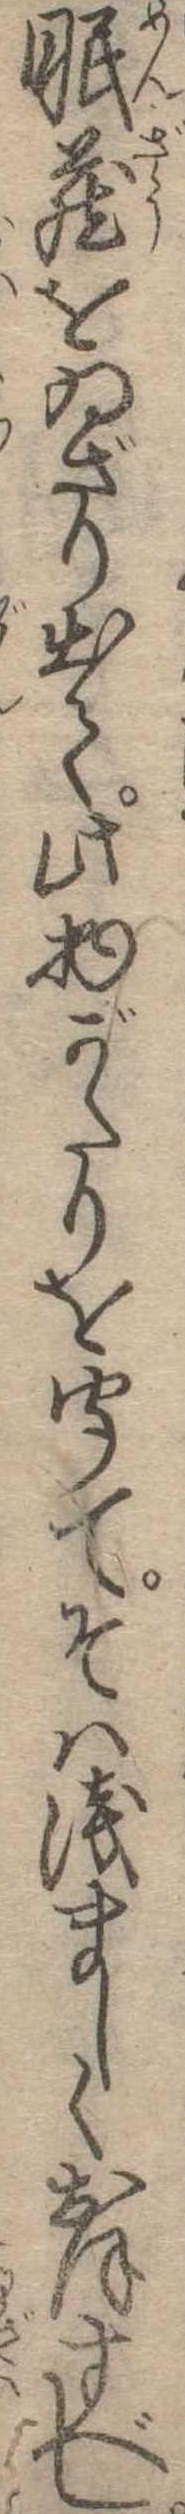
眠蔵をゐざり出て此物がたりを聞てそは浅ましくおほすべし